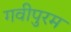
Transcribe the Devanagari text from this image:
गवीपुरम